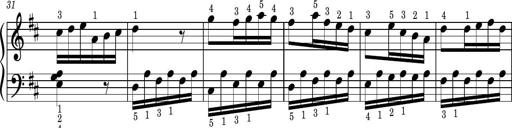
Title: Easy Progressive Lessons and 4 Sonatinas
Composer: Thomas Attwood